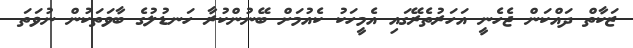
ޒަކާތް ދައްކަން ޖެހެނީ އަހަރުތެރޭގައި އެމީހަކު ކެއުމަށް ބޭނުންކުރާ ހަނޑުލުގެ ބާވަތަކުން ނުވަތަ